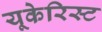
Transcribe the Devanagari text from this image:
यूकेरिस्ट